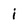
Character: i